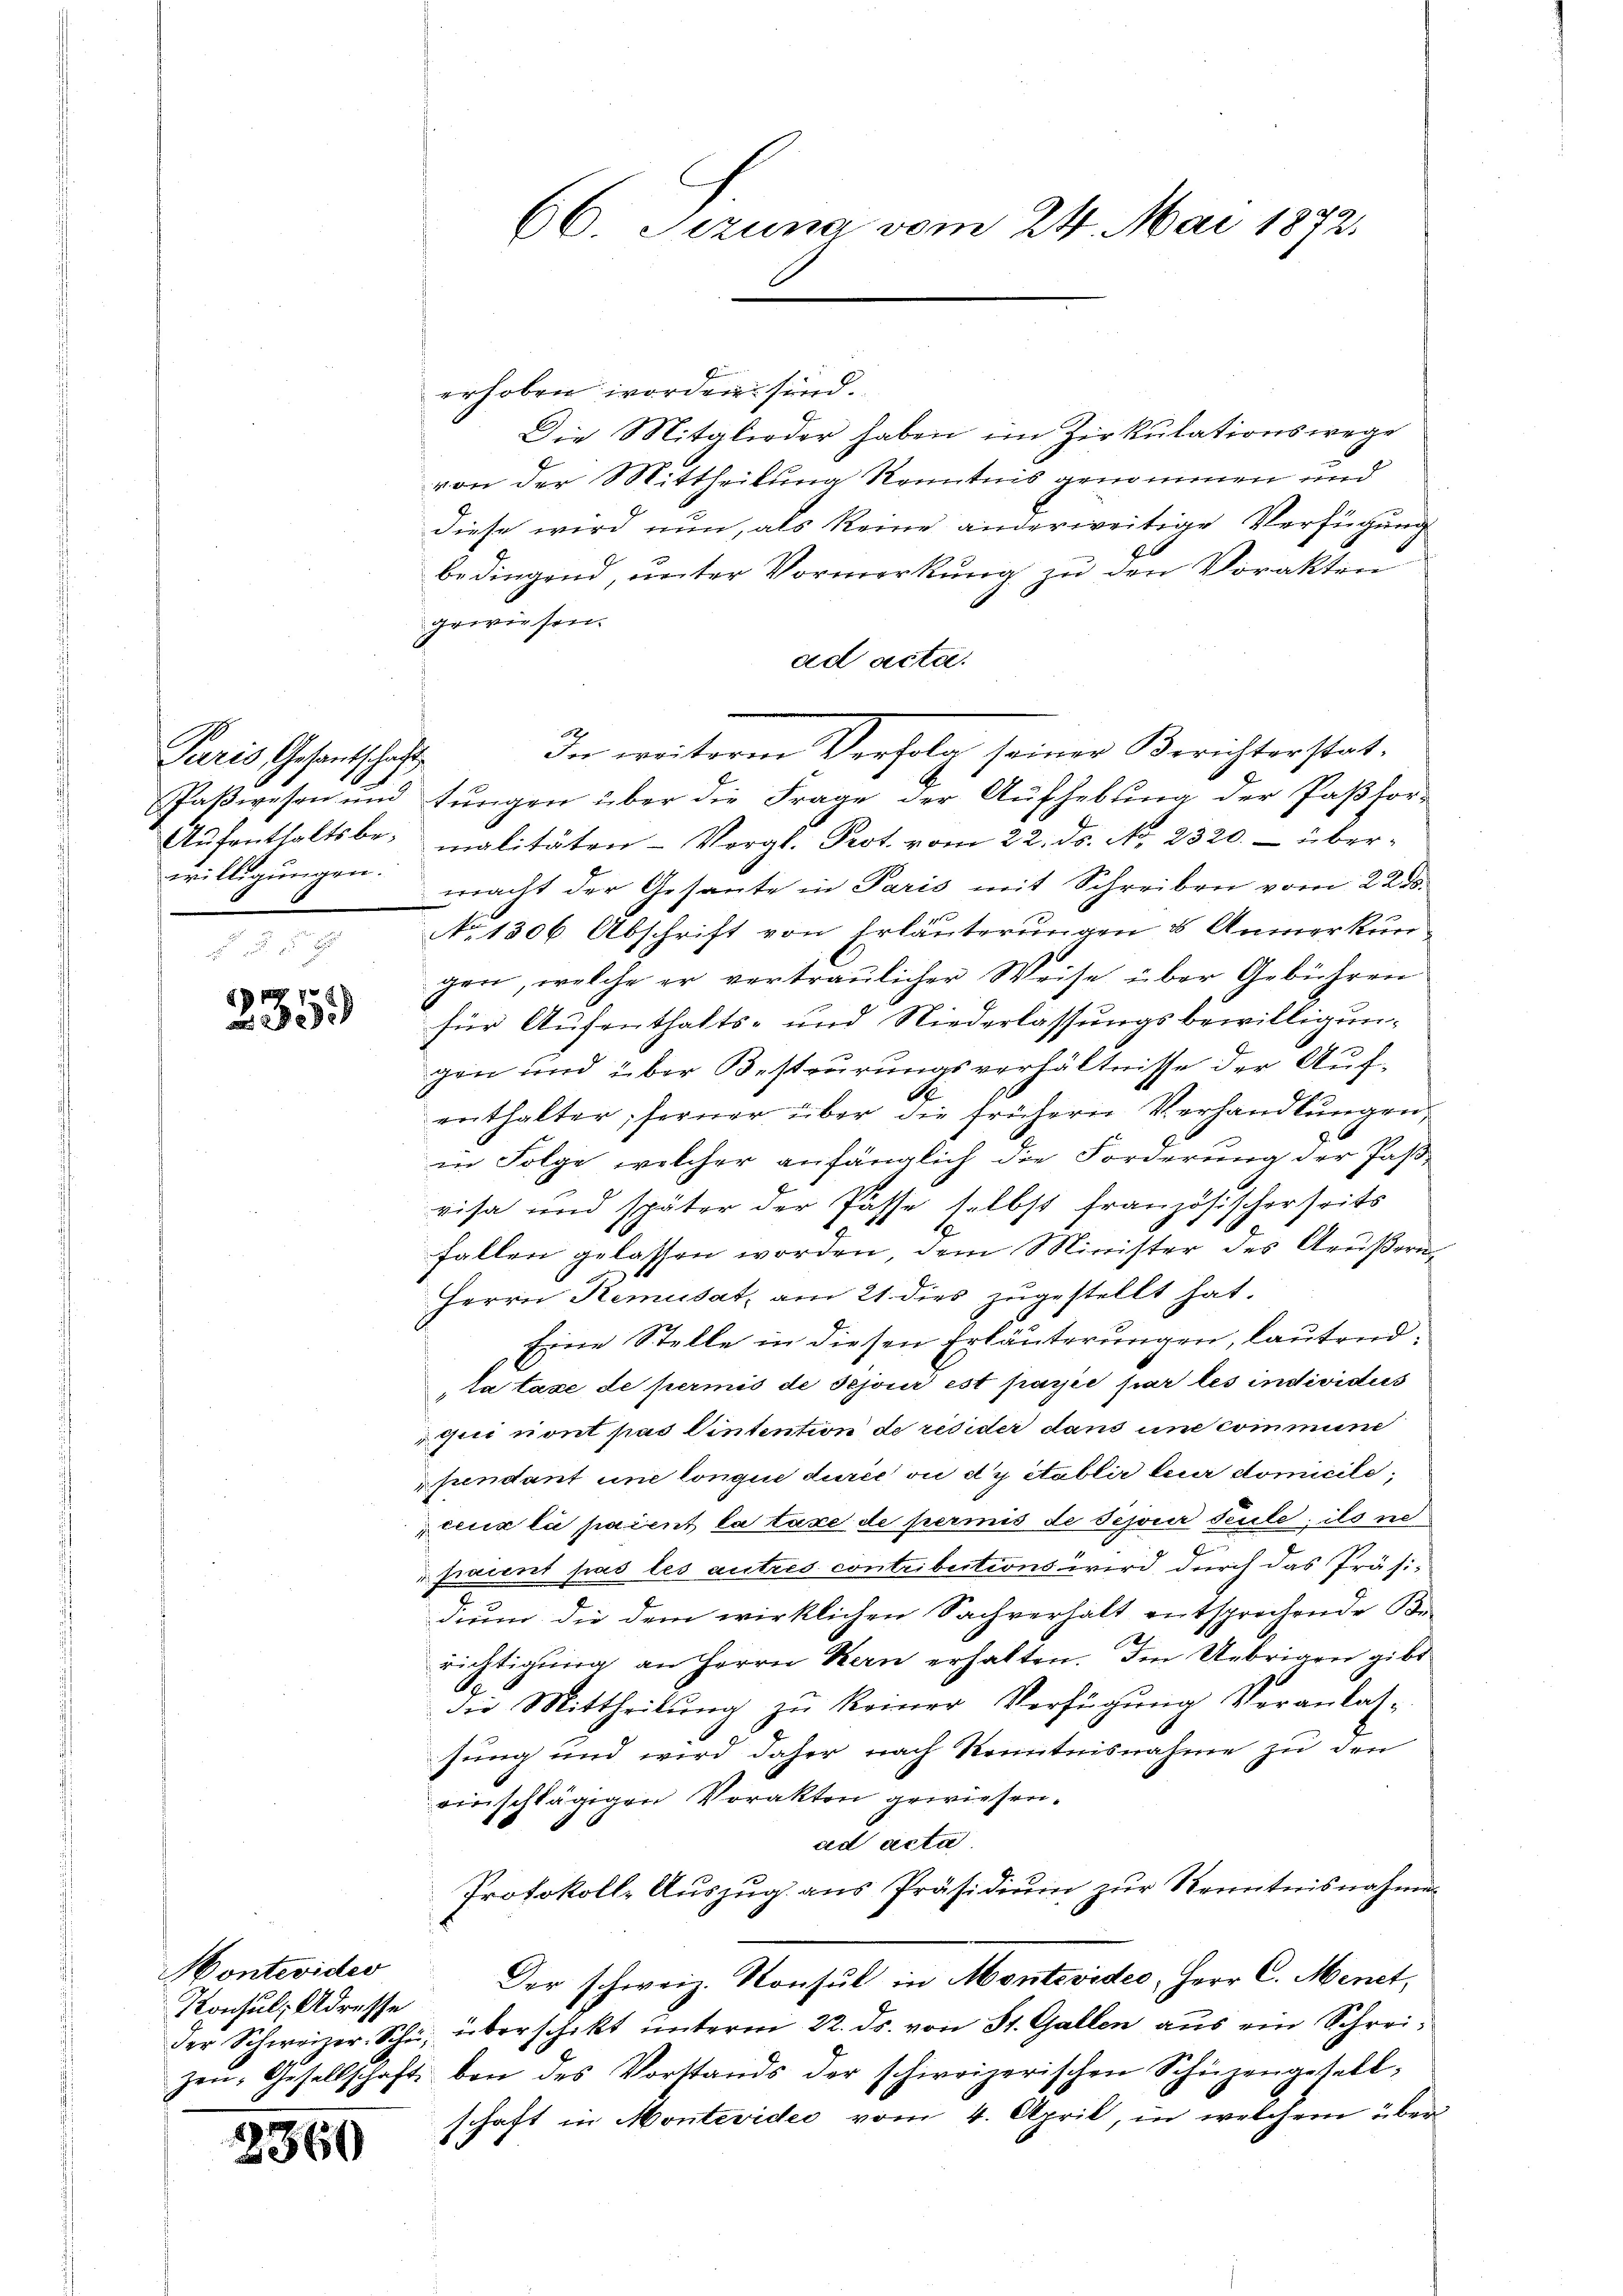
Paris Gesantschaft
willigungen.

EPR 78

2360

erhoben worden sind.
Die Mitglieder haben im Zirkulationswege
von der Mittheilung Kenntnis genommen und
diese wird nun, als keine anderweitige Verfügung
bedingend, unter Vormerkung zu den Vorakten
gewiesen.
ad acte.
Paßwesen und tungen über die Frage der Aufhebung der Paßhor-
Aŭfenthaltsbe- malitäten Vergl. Prot. vom 22. ds. No. 2320. über-
macht der Gesante in Paris mit Schreiben vom 22.
No 1306 Abschrift von Erläuterungen & Anmerkun-
gen, welche er vertraulicher Weise über Gebühren
für Aufenthalts- und Niederlassungsbewilligun-
gen und über Besteurungsverhältnisse der Aufenthalter; ferner über die frühern Verhandlungen,
in Folge, welcher anfänglich die Forderung der Pas-
visa und später der Pässe selbst französischerseits
fallen gelassen worden, dem Minister des Grußern
Herrn Remusatz am 21. dies zugestellt hat.
Eine Stelle in diesen Erläuterungen, lautendta taxe de permis de séjour est parie par les individus
qui nont pas Wintention de resider dans une commune
pendant une lonque durée vn dy établir leur domicile,
ceux li parent la taxe de permis de Sejour seule, ils ne
praient pas les autres contributions wird durch das Präsi-
dium die dem wirklichen Sachverhält entsprochende Br
richtigung an Herrn Kern erhalten. Im Uebrigen gibt
die Mittheilŭng zŭ keiner Verfügŭng Veranlas-
sung und wird daher nach Kenntnisnahme zu den
einschlägigen Vorakten gewiesen.
ad acta
Protokoll- Auszug aus Präsidium zur Kenntnisnahmen
Konsul, Adresse. Der schweiz. Konsul in Montevideo, Herr C. Menet,
der Schweizer-Schi, überschikt unterm 22. ds. von St. Gallen aus ein Schreizeŭ- Gesellschaft bei des Vorstands der schweizerischen Schüzengesell-
schaft in Montevidee vom 4. April, in welchem über

Montevideo

66. Sezung vom 24. Mai 1872.

In weitere Verfolg seiner Berichterstat¬